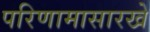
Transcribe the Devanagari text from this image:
परिणामासारखे